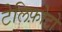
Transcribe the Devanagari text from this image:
टेलिफ़ोटो